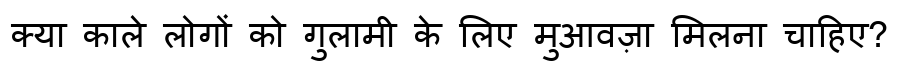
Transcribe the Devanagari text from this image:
क्या काले लोगों को गुलामी के लिए मुआवज़ा मिलना चाहिए?